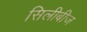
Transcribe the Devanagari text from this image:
सिलीबीज